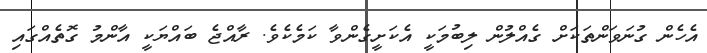
އެހެން ގުނަވަންތަކަށް ގެއްލުން ލިބުމަކީ އެކަށީގެންވާ ކަމެކެވެ. ރާއްޖެ ބައްޔަކީ އާންމު ގޮތެއްގައި